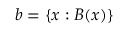
b = \{ x : B ( x ) \}